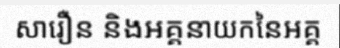
សារឿន និងអគ្គនាយកនៃអគ្គ